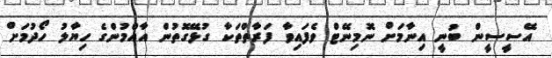
އޭސީސީން ބުނީ އިނާމަށް ނޮމިނޭޓް ވެފައިވާ ފަރާތްތަކާ ގުޅޭގޮތުން އާއްމުންގެ ހިޔާލު ހޯދުމަށް